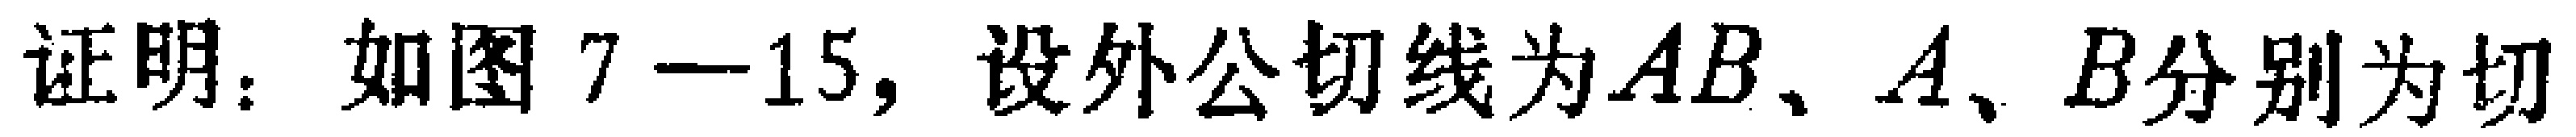
证明：如图7—15，设外公切线为\(AB\)、\(A\)、\(B\)分别为切